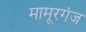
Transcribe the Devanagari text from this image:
मामूरगंज